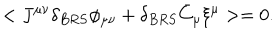
< J ^ { \mu \nu } \delta _ { B R S } \phi _ { \mu \nu } + \delta _ { B R S } \bar { C } _ { \mu } \xi ^ { \mu } > = 0 .